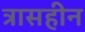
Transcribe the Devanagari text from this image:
त्रासहीन